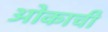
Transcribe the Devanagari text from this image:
ओकाची